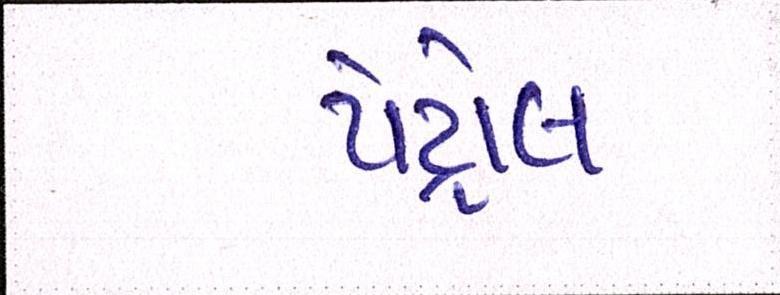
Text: પેટ્રોલ